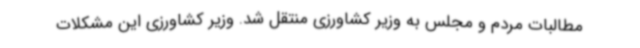
مطالبات مردم و مجلس به وزیر کشاورزی منتقل شد. وزیر کشاورزی این مشکلات